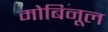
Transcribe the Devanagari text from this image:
मोबिनूल